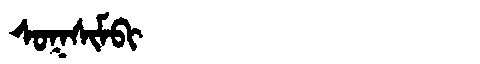
Manchu: ᠰᠣᡴᠰᡳᠮᠪᡳ
Romanization: SOKSIMBI